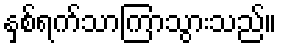
နှစ်ရက်သာကြာသွားသည်။